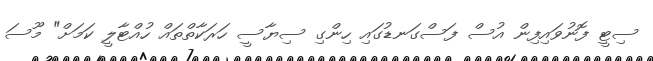
ސިޓީ ފޮނުވައިފިން އުސް ފަސްގަނޑުގައި ހިންގި ސިޔާސީ ހަރަކާތްތައް ހުއްޓާލީ ކަމަށް" މޫސަ